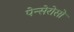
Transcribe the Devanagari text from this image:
पेन्सेरोसो